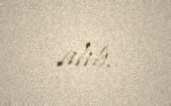
alıb.